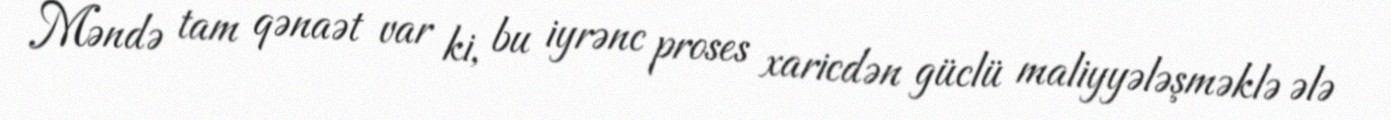
Məndə tam qənaət var ki, bu iyrənc proses xaricdən güclü maliyyələşməklə ələ